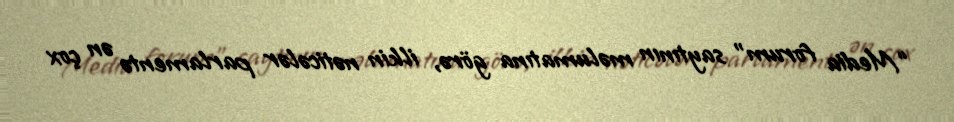
“Media forum” saytının məlumatına görə, ilkin nəticələr parlamentə ən çox